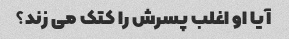
آیا او اغلب پسرش را کتک می زند؟